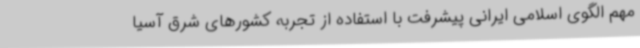
مهم الگوی اسلامی ایرانی پیشرفت با استفاده از تجربه کشورهای شرق آسیا